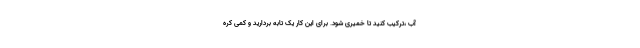
آب ،ترکیب کنید تا خمیری شود. برای این کار یک تابه بردارید و کمی کره